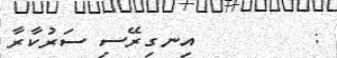
:        އިނގިރޭސި ސަރުކާރާ